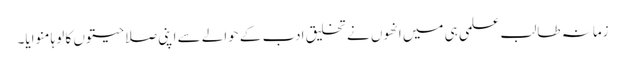
زمانہ طالب علمی ہی میں انھوں نے تخلیق ادب کے حوالے سے اپنی صلاحیتوں کا لوہا منوایا۔